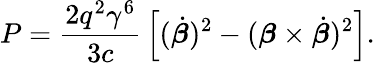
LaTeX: P={\frac{2q^{2}\gamma^{6}}{3c}}\left[({\dot{\boldsymbol{\beta}}})^{2}-({\boldsymbol{\beta}}\times{\dot{\boldsymbol{\beta}}})^{2}\right].